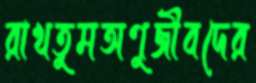
রাখতুমঅণুজীবদের